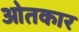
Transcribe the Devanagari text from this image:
ओतकार